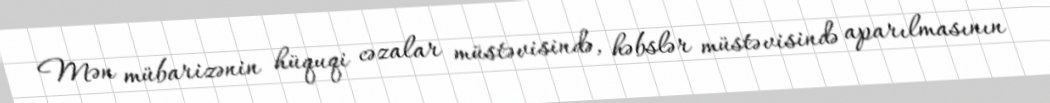
Mən mübarizənin hüquqi cəzalar müstəvisində, həbslər müstəvisində aparılmasının